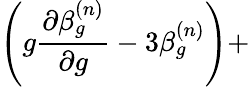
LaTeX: \left(g\frac{\partial\beta_{g}^{(n)}}{\partial g}-3\beta_{g}^{(n)}\right)+